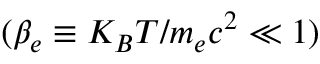
( \beta _ { e } \equiv K _ { B } T / m _ { e } c ^ { 2 } \ll 1 )